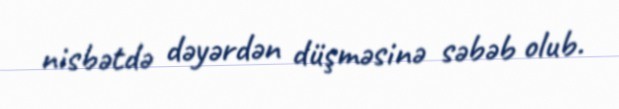
nisbətdə dəyərdən düşməsinə səbəb olub.